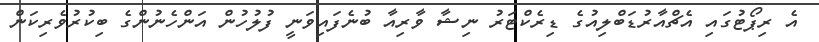
އެ ރިޕޯޓުގައި އެޗްއާރުޑަބްލިއުގެ ޑިރެކްޓަރު ނިޝާ ވާރިއާ ބުނެފައިވަނީ ފުލުހުން އަންހެނުންގެ ބިކުރުވެރިކަން